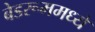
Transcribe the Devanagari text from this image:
बेडरूममध्ये